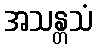
အသန္တသံ